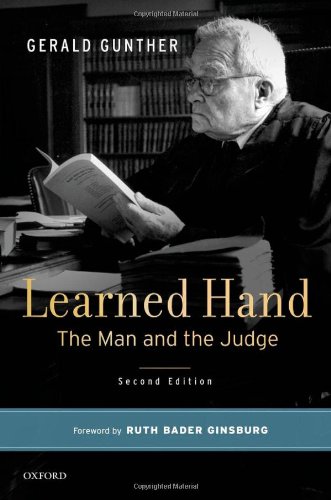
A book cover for Learned Hand: The Man and the Judge; Gerald Gunther; Law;